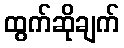
ထွက်ဆိုချက်